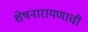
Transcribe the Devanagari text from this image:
शेषनारायणाची